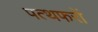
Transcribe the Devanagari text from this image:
पत्थफरों